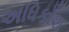
અધિકાઁશ